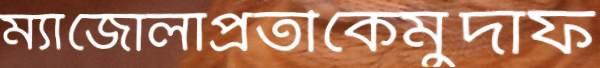
ম্যাজোলাপ্রতীকেমুর্দাফ